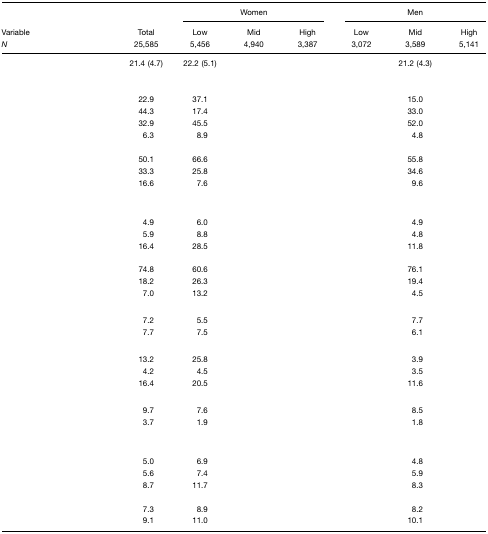
<table><thead><tr><td>[EMPTY_CELL]</td><td>[EMPTY_CELL]</td><td colspan="3"><b>Women</b></td><td colspan="3"><b>Men</b></td></tr><tr><td><b>Variable</b></td><td><b>Total</b></td><td><b>Low</b></td><td><b>Mid</b></td><td><b>High</b></td><td><b>Low</b></td><td><b>Mid</b></td><td><b>High</b></td></tr><tr><td><b><i>N</i></b></td><td><b>25,585</b></td><td><b>5,456</b></td><td><b>4,940</b></td><td><b>3,387</b></td><td><b>3,072</b></td><td><b>3,589</b></td><td><b>5,141</b></td></tr></thead><tbody><tr><td>[EMPTY_CELL]</td><td>21.4 (4.7)</td><td>22.2 (5.1)</td><td>[EMPTY_CELL]</td><td>[EMPTY_CELL]</td><td>[EMPTY_CELL]</td><td>21.2 (4.3)</td><td>[EMPTY_CELL]</td></tr><tr><td colspan="8">[EMPTY_CELL]</td></tr><tr><td>[EMPTY_CELL]</td><td>[EMPTY_CELL]</td><td>[EMPTY_CELL]</td><td>[EMPTY_CELL]</td><td>[EMPTY_CELL]</td><td>[EMPTY_CELL]</td><td>[EMPTY_CELL]</td><td>[EMPTY_CELL]</td></tr><tr><td>[EMPTY_CELL]</td><td>22.9</td><td>37.1</td><td>[EMPTY_CELL]</td><td>[EMPTY_CELL]</td><td>[EMPTY_CELL]</td><td>15.0</td><td>[EMPTY_CELL]</td></tr><tr><td>[EMPTY_CELL]</td><td>44.3</td><td>17.4</td><td>[EMPTY_CELL]</td><td>[EMPTY_CELL]</td><td>[EMPTY_CELL]</td><td>33.0</td><td>[EMPTY_CELL]</td></tr><tr><td>[EMPTY_CELL]</td><td>32.9</td><td>45.5</td><td>[EMPTY_CELL]</td><td>[EMPTY_CELL]</td><td>[EMPTY_CELL]</td><td>52.0</td><td>[EMPTY_CELL]</td></tr><tr><td>[EMPTY_CELL]</td><td>6.3</td><td>8.9</td><td>[EMPTY_CELL]</td><td>[EMPTY_CELL]</td><td>[EMPTY_CELL]</td><td>4.8</td><td>[EMPTY_CELL]</td></tr><tr><td>[EMPTY_CELL]</td><td>[EMPTY_CELL]</td><td>[EMPTY_CELL]</td><td>[EMPTY_CELL]</td><td>[EMPTY_CELL]</td><td>[EMPTY_CELL]</td><td>[EMPTY_CELL]</td><td>[EMPTY_CELL]</td></tr><tr><td>[EMPTY_CELL]</td><td>50.1</td><td>66.6</td><td>[EMPTY_CELL]</td><td>[EMPTY_CELL]</td><td>[EMPTY_CELL]</td><td>55.8</td><td>[EMPTY_CELL]</td></tr><tr><td>[EMPTY_CELL]</td><td>33.3</td><td>25.8</td><td>[EMPTY_CELL]</td><td>[EMPTY_CELL]</td><td>[EMPTY_CELL]</td><td>34.6</td><td>[EMPTY_CELL]</td></tr><tr><td>[EMPTY_CELL]</td><td>16.6</td><td>7.6</td><td>[EMPTY_CELL]</td><td>[EMPTY_CELL]</td><td>[EMPTY_CELL]</td><td>9.6</td><td>[EMPTY_CELL]</td></tr><tr><td colspan="8">[EMPTY_CELL]</td></tr><tr><td>[EMPTY_CELL]</td><td>[EMPTY_CELL]</td><td>[EMPTY_CELL]</td><td>[EMPTY_CELL]</td><td>[EMPTY_CELL]</td><td>[EMPTY_CELL]</td><td>[EMPTY_CELL]</td><td>[EMPTY_CELL]</td></tr><tr><td>[EMPTY_CELL]</td><td>4.9</td><td>6.0</td><td>[EMPTY_CELL]</td><td>[EMPTY_CELL]</td><td>[EMPTY_CELL]</td><td>4.9</td><td>[EMPTY_CELL]</td></tr><tr><td>[EMPTY_CELL]</td><td>5.9</td><td>8.8</td><td>[EMPTY_CELL]</td><td>[EMPTY_CELL]</td><td>[EMPTY_CELL]</td><td>4.8</td><td>[EMPTY_CELL]</td></tr><tr><td>[EMPTY_CELL]</td><td>16.4</td><td>28.5</td><td>[EMPTY_CELL]</td><td>[EMPTY_CELL]</td><td>[EMPTY_CELL]</td><td>11.8</td><td>[EMPTY_CELL]</td></tr><tr><td>[EMPTY_CELL]</td><td>[EMPTY_CELL]</td><td>[EMPTY_CELL]</td><td>[EMPTY_CELL]</td><td>[EMPTY_CELL]</td><td>[EMPTY_CELL]</td><td>[EMPTY_CELL]</td><td>[EMPTY_CELL]</td></tr><tr><td>[EMPTY_CELL]</td><td>74.8</td><td>60.6</td><td>[EMPTY_CELL]</td><td>[EMPTY_CELL]</td><td>[EMPTY_CELL]</td><td>76.1</td><td>[EMPTY_CELL]</td></tr><tr><td>[EMPTY_CELL]</td><td>18.2</td><td>26.3</td><td>[EMPTY_CELL]</td><td>[EMPTY_CELL]</td><td>[EMPTY_CELL]</td><td>19.4</td><td>[EMPTY_CELL]</td></tr><tr><td>[EMPTY_CELL]</td><td>7.0</td><td>13.2</td><td>[EMPTY_CELL]</td><td>[EMPTY_CELL]</td><td>[EMPTY_CELL]</td><td>4.5</td><td>[EMPTY_CELL]</td></tr><tr><td colspan="8">[EMPTY_CELL]</td></tr><tr><td>[EMPTY_CELL]</td><td>7.2</td><td>5.5</td><td>[EMPTY_CELL]</td><td>[EMPTY_CELL]</td><td>[EMPTY_CELL]</td><td>7.7</td><td>[EMPTY_CELL]</td></tr><tr><td>[EMPTY_CELL]</td><td>7.7</td><td>7.5</td><td>[EMPTY_CELL]</td><td>[EMPTY_CELL]</td><td>[EMPTY_CELL]</td><td>6.1</td><td>[EMPTY_CELL]</td></tr><tr><td colspan="8">[EMPTY_CELL]</td></tr><tr><td>[EMPTY_CELL]</td><td>13.2</td><td>25.8</td><td>[EMPTY_CELL]</td><td>[EMPTY_CELL]</td><td>[EMPTY_CELL]</td><td>3.9</td><td>[EMPTY_CELL]</td></tr><tr><td>[EMPTY_CELL]</td><td>4.2</td><td>4.5</td><td>[EMPTY_CELL]</td><td>[EMPTY_CELL]</td><td>[EMPTY_CELL]</td><td>3.5</td><td>[EMPTY_CELL]</td></tr><tr><td>[EMPTY_CELL]</td><td>16.4</td><td>20.5</td><td>[EMPTY_CELL]</td><td>[EMPTY_CELL]</td><td>[EMPTY_CELL]</td><td>11.6</td><td>[EMPTY_CELL]</td></tr><tr><td colspan="8">[EMPTY_CELL]</td></tr><tr><td>[EMPTY_CELL]</td><td>9.7</td><td>7.6</td><td>[EMPTY_CELL]</td><td>[EMPTY_CELL]</td><td>[EMPTY_CELL]</td><td>8.5</td><td>[EMPTY_CELL]</td></tr><tr><td>[EMPTY_CELL]</td><td>3.7</td><td>1.9</td><td>[EMPTY_CELL]</td><td>[EMPTY_CELL]</td><td>[EMPTY_CELL]</td><td>1.8</td><td>[EMPTY_CELL]</td></tr><tr><td colspan="8">[EMPTY_CELL]</td></tr><tr><td>[EMPTY_CELL]</td><td>[EMPTY_CELL]</td><td>[EMPTY_CELL]</td><td>[EMPTY_CELL]</td><td>[EMPTY_CELL]</td><td>[EMPTY_CELL]</td><td>[EMPTY_CELL]</td><td>[EMPTY_CELL]</td></tr><tr><td>[EMPTY_CELL]</td><td>5.0</td><td>6.9</td><td>[EMPTY_CELL]</td><td>[EMPTY_CELL]</td><td>[EMPTY_CELL]</td><td>4.8</td><td>[EMPTY_CELL]</td></tr><tr><td>[EMPTY_CELL]</td><td>5.6</td><td>7.4</td><td>[EMPTY_CELL]</td><td>[EMPTY_CELL]</td><td>[EMPTY_CELL]</td><td>5.9</td><td>[EMPTY_CELL]</td></tr><tr><td>[EMPTY_CELL]</td><td>8.7</td><td>11.7</td><td>[EMPTY_CELL]</td><td>[EMPTY_CELL]</td><td>[EMPTY_CELL]</td><td>8.3</td><td>[EMPTY_CELL]</td></tr><tr><td>[EMPTY_CELL]</td><td>[EMPTY_CELL]</td><td>[EMPTY_CELL]</td><td>[EMPTY_CELL]</td><td>[EMPTY_CELL]</td><td>[EMPTY_CELL]</td><td>[EMPTY_CELL]</td><td>[EMPTY_CELL]</td></tr><tr><td>[EMPTY_CELL]</td><td>7.3</td><td>8.9</td><td>[EMPTY_CELL]</td><td>[EMPTY_CELL]</td><td>[EMPTY_CELL]</td><td>8.2</td><td>[EMPTY_CELL]</td></tr><tr><td>[EMPTY_CELL]</td><td>9.1</td><td>11.0</td><td>[EMPTY_CELL]</td><td>[EMPTY_CELL]</td><td>[EMPTY_CELL]</td><td>10.1</td><td>[EMPTY_CELL]</td></tr></tbody></table>